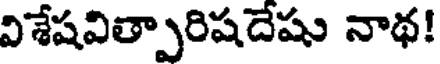
విశేషవిత్పారిషదేషు నాథ!